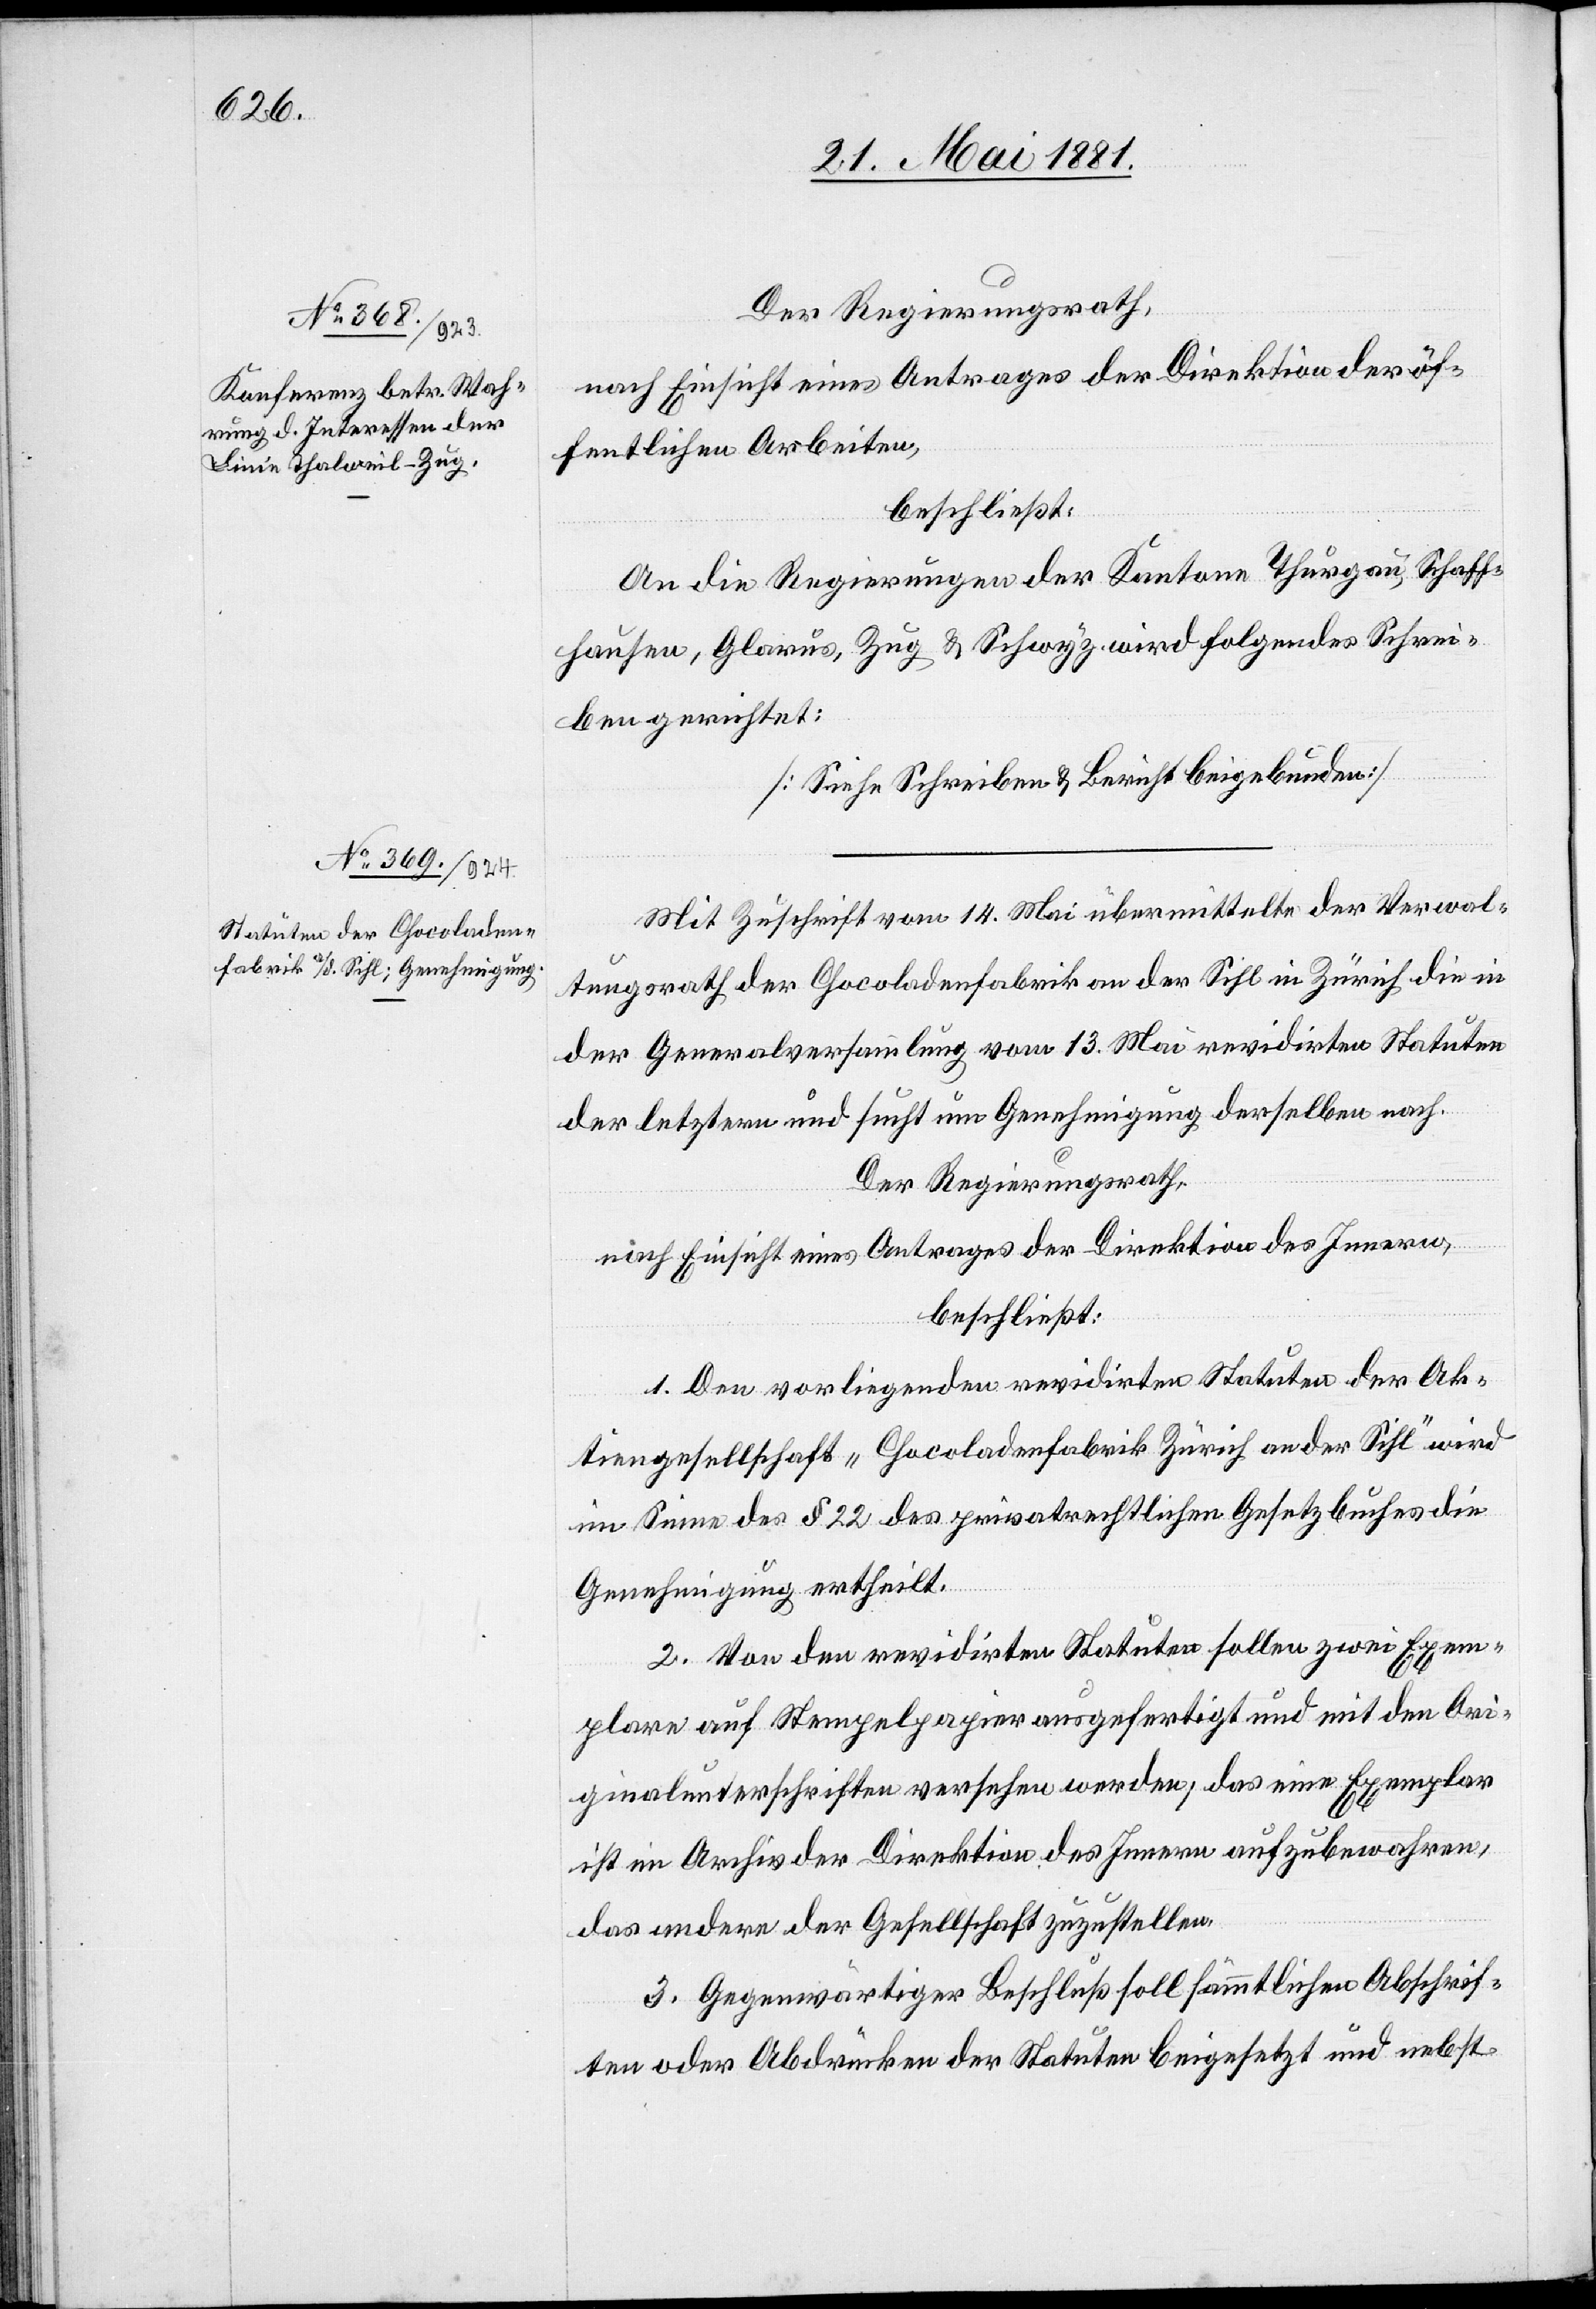
Der Regierungsrath,
nach Einsicht eines Antrages der Direktion der öf¬
fentlichen Arbeiten,
beschließt:
An die Regierungen der Kantone Thurgau, Schaff¬
hausen, Glarus, Zug & Schwyz wird folgendes Schrei¬
ben eingerichtet:
[Siehe Schreiben & Bericht beigebunden]
Mit Zuschrift vom 14. Mai übermittelte der Verwal¬
tungsrath der Chocoladenfabrik an der Sihl in Zürich die in
der Generalversammlung vom 13. Mai revidirten Statuten
der letzten und sucht um Genehmigung derselben nach.
Der Regierungsrath,
nach Einsicht eines Antrages der Direktion des Innern,
beschließt:
1. Den vorliegenden revidirten Statuten der Ak¬
tiengesellschaft „Chocoladenfabrik Zürich an der Sihl“ wird
im Sinne des § 22 des privatrechtlichen Gesetzbuches die
Genehmigung ertheilt.
2. Von den revidirten Statuten sollen zwei Exem¬
plare auf Stempelpapier ausgefertigt und mit den Ori¬
ginalunterschriften versehen werden, das eine Exemplar
ist im Archiv der Direktion des Innern aufzubewahren,
das andere der Gesellschaft zuzustellen.
3. Gegenwärtiger Beschluß soll sämmtlichen Abschrif¬
ten oder Abdrücken der Statuten beigesetzt und nebst